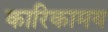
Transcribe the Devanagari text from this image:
कारिकामय